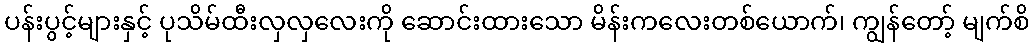
ပန်းပွင့်များနှင့် ပုသိမ်ထီးလှလှလေးကို ဆောင်းထားသော မိန်းကလေးတစ်ယောက်၊ ကျွန်တော့် မျက်စိ